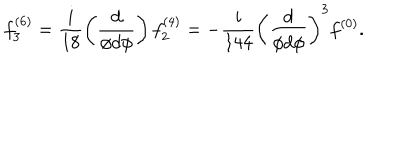
f _ { 3 } ^ { ( 6 ) } = \frac { i } { 1 8 } \left( \frac { d } { \phi d \phi } \right) f _ { 2 } ^ { ( 4 ) } = - \frac { i } { 1 4 4 } \left( \frac { d } { \phi d \phi } \right) ^ { 3 } f ^ { ( 0 ) } .